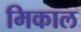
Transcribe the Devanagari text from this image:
मिकाल